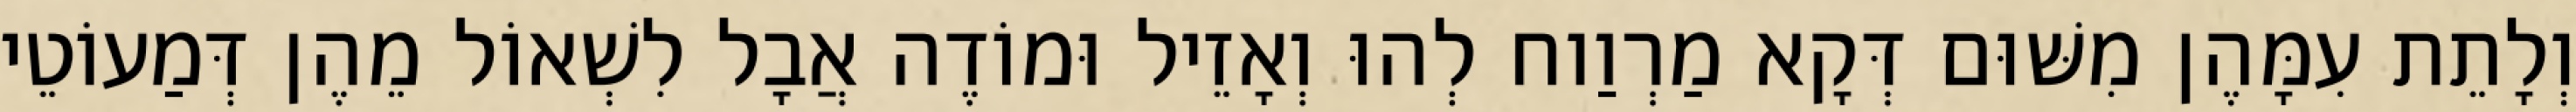
וְלָתֵת עִמָּהֶן מִשּׁוּם דְּקָא מַרְוַוח לְהוּ וְאָזֵיל וּמוֹדֶה אֲבָל לִשְׁאוֹל מֵהֶן דְּמַעוֹטֵי